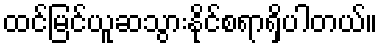
ထင်မြင်ယူဆသွားနိုင်စရာရှိပါတယ်။